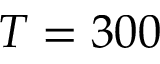
T = 3 0 0